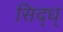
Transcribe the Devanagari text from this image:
सिद्ध्